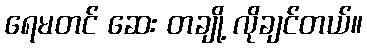
ရေမတင် ဆေး တချို့ လိုချင်တယ်။